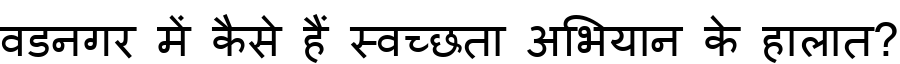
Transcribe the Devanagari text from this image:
वडनगर में कैसे हैं स्वच्छता अभियान के हालात?